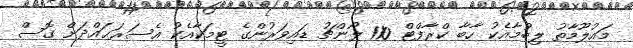
މައުލޫމާތު ލިބުމާއެކު ހާބާ ކްރާފްޓް 110 ލޯންޗު ޑައިވަރުންގެ ޓީމަކާއެކު އެސަރަޙައްދަށް ގޮސް